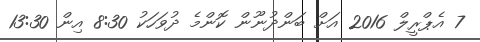
7 އެޕްރީލް 2016 އަށް ބަންދުނޫން ކޮންމެ ދުވަހަކު 8:30 އިން 13:30